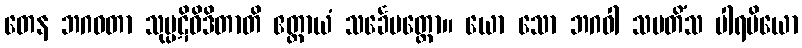
တေန ဘဂဝတာ သုပ္ပဋိဝိဒိတာတိ ဧတ္ထာယံ သင်္ခေပတ္ထော။ ယော သော ဘဂဝါ သမတိံသ ပါရမိယော